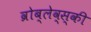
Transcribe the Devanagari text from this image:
व्रोब्लेव्स्की